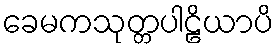
ခေမကသုတ္တပါဠိယာပိ